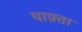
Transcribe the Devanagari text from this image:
याफ़्ता